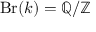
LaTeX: \operatorname { B r } ( k ) = \mathbb { Q } / \mathbb { Z }